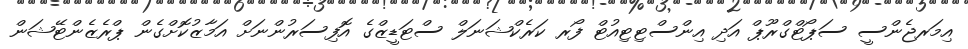
އިމަރޖެންސީ ސަޕޯޓްގްރޫޕް އަދި އިންސްޓިޓިއުޓް ފޯރ ކަރެކްޝަނަލް ސްޓަޑީޒްގެ އޮފިސަރުންނަށް އަމާޒުކޮށްގެން ޕްރެޒެންޓޭޝަން